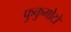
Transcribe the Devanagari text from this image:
फुकुमोटो